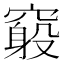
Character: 𥨃